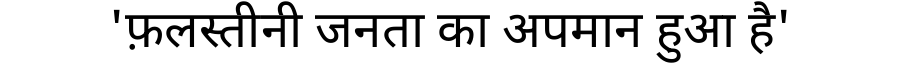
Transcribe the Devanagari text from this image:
'फ़लस्तीनी जनता का अपमान हुआ है'